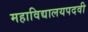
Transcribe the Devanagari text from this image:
महाविद्यालयपदवी